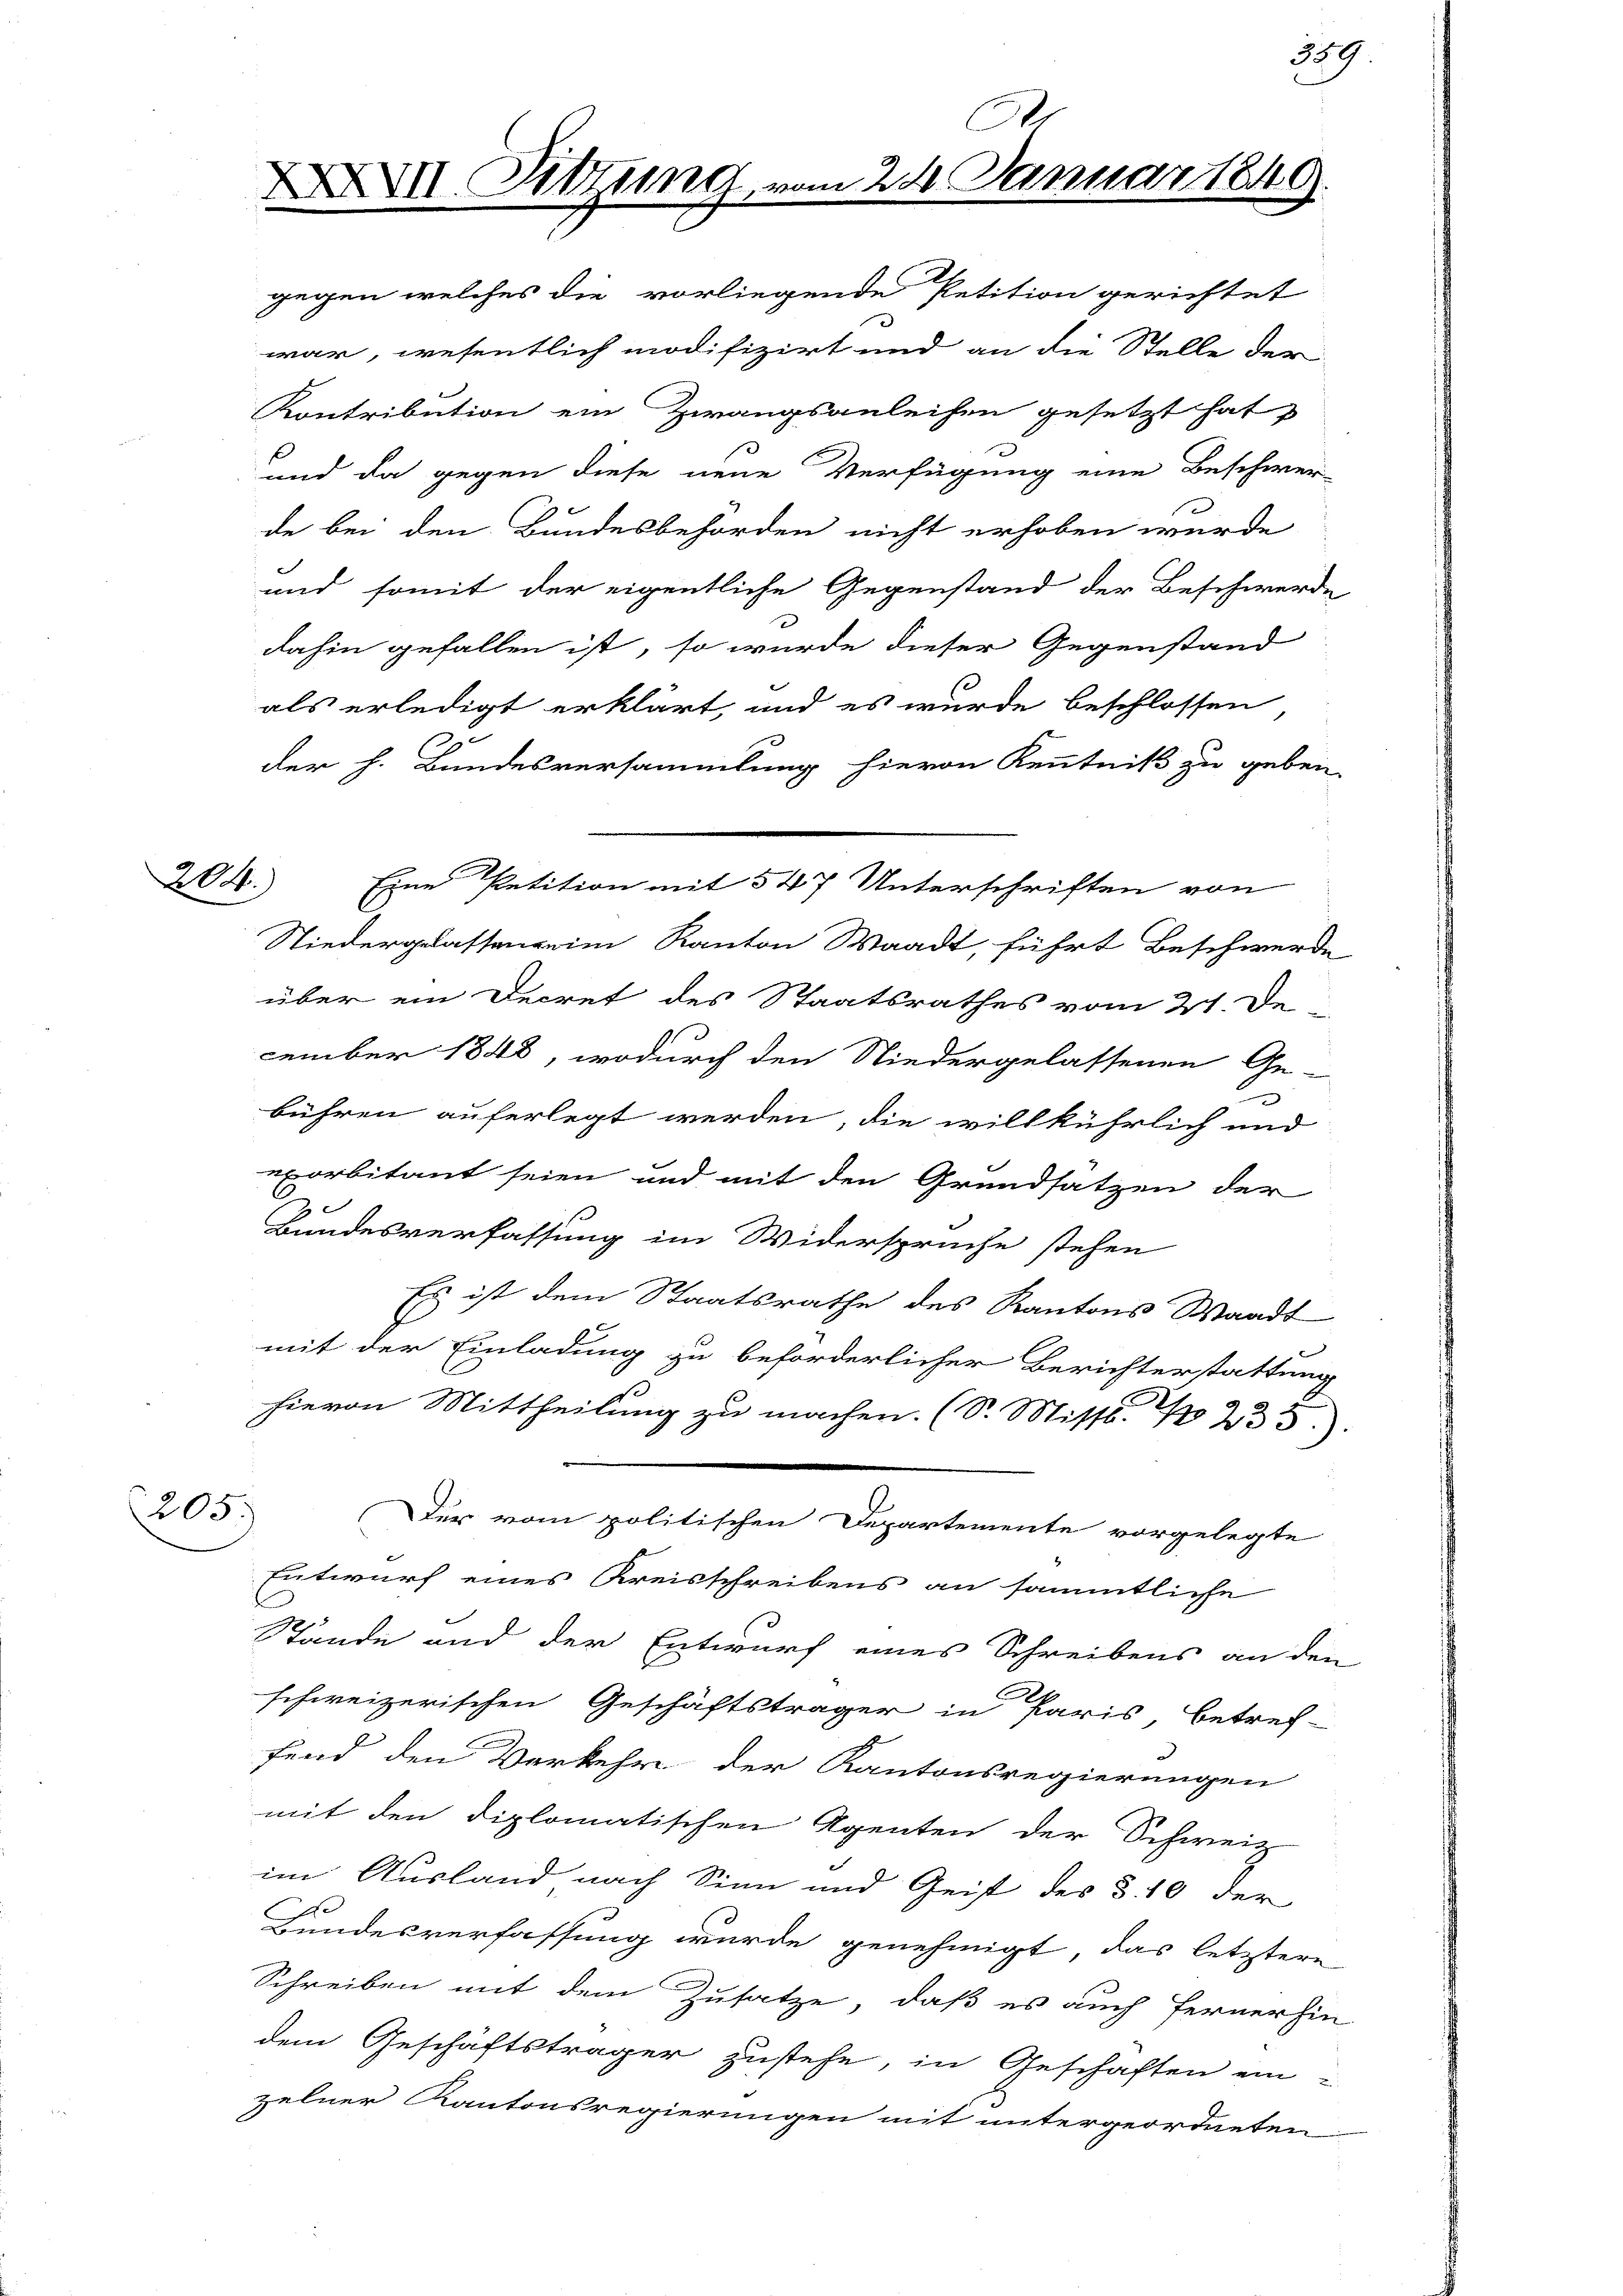
204.

205.

XXVII. Sitzung, vom 24. Januar 1849.

dahin gefallen ist, so wurde dieser Gegenstand
als erledigt erklärt, und es wurde beschlossen
der h. Bundesversammlung hievon Kenntniß zu geben.
Niedergelassenheim Kanton Waadt, führt Beschwerde
über ein Decret des Staatsrathes vom 21. De
cember 1848, wodurch den Niedergelassenen Ge-
.
bühren auferlegt werden, die willkührlich und
xorbitant seien und mit den Grundsatzen der
2
Bundesverfassung im Widersprüche stehen
Es ist dem Staatsrathe des Kantons Waadt
mit der Einladung zu beförderlicher Berichterstattung
hievon Mittheilung zu machen. (S. Misst. No 235.)
Der vom politischen Departemente vorgelegte
Entwurf eines Kreisschreibens an sämmtliche
Stände und der Entwurf eines Schreibens an den
schweizerischen Geschäftsträger in Paris, betref-
fend den Verkehr der Kantonsregierungen
mit den diplomatischen Agenten der Schweiz
im Ausland nach Sinn und Geist des §. 10 der
Bundesverfassung wurde genehmigt, das letztere
Schreiben mit dem Zusatze, daß es auch fernerhin
dem Geschäftsträger zustehe, in Geschäften ein-
zelner Kantonsregierungen mit untergeordneten

gegen welches die vorliegende Petition gerichtet
war, wesentlich modifizirt und an die Stelle der
Kontribution ein Zwangsanleihen gesetzt hat
und da gegen diese neue Verfügung eine Beschwer-
de bei den Bundesbehörden nicht erhoben wurde
und somit der eigentliche Gegenstand der Beschwerde

Eine Petition mit 547 Unterschriften von

589.